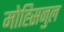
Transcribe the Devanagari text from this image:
मोह्सिनुल